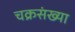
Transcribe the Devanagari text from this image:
चक्रसंख्या